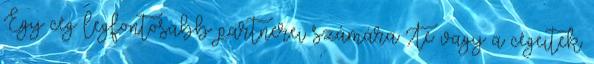
Egy cég legfontosabb partnerei számára Te vagy a cégeitek